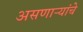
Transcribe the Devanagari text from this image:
असणाऱ्यांचे